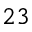
2 3